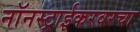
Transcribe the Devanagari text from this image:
नॉनस्ट्राईकरवरचा